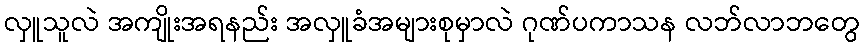
လှူသူလဲ အကျိုးအရနည်း အလှူခံအများစုမှာလဲ ဂုဏ်ပကာသန လဘ်လာဘတွေ